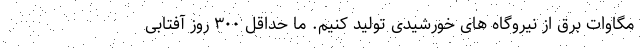
مگاوات برق از نیروگاه های خورشیدی تولید کنیم. ما حداقل ۳۰۰ روز آفتابی